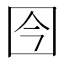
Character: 𰉍